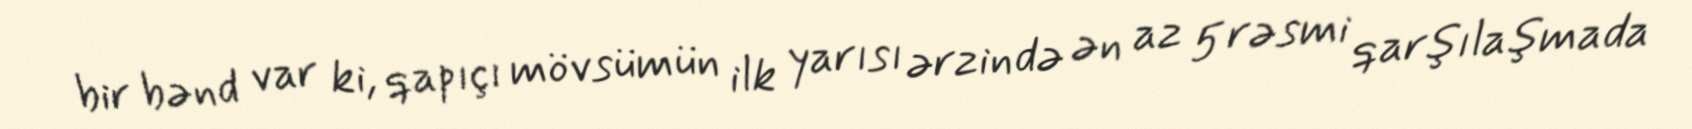
bir bənd var ki, qapıçı mövsümün ilk yarısı ərzində ən az 5 rəsmi qarşılaşmada